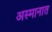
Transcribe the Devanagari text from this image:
अस्मानात